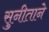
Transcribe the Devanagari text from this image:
सुनीताने